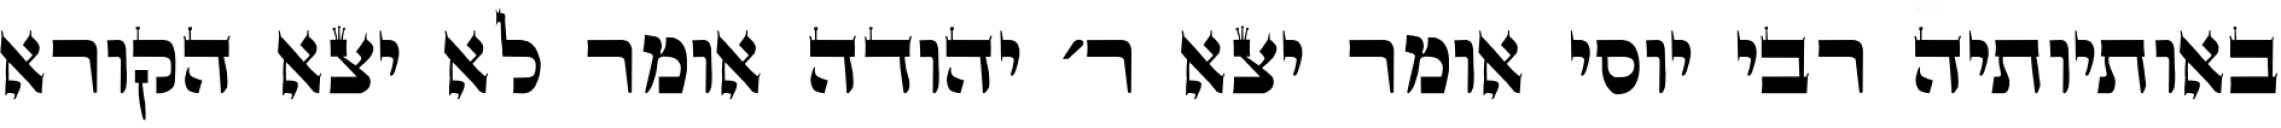
באותיותיה רבי יוסי אומר יצא ר׳ יהודה אומר לא יצא הקורא